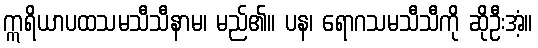
ဣရိယာပထသမသီသီနာမ၊ မည်၏။ ပန၊ ရောဂသမသီသီကို ဆိုဦးအံ့။